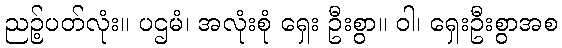
ညဉ့်ပတ်လုံး။ ပဌမံ၊ အလုံးစုံ ရှေး ဦးစွာ။ ဝါ၊ ရှေးဦးစွာအစ